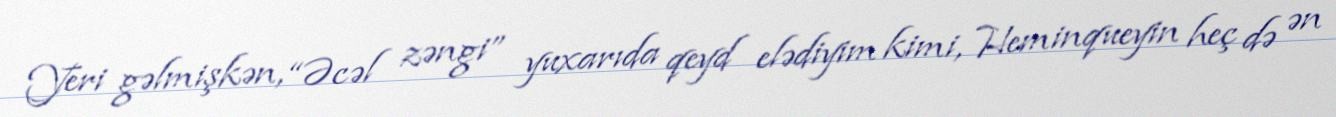
Yeri gəlmişkən, “Əcəl zəngi” yuxarıda qeyd elədiyim kimi, Heminqueyin heç də ən